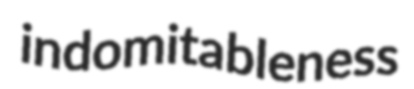
indomitableness